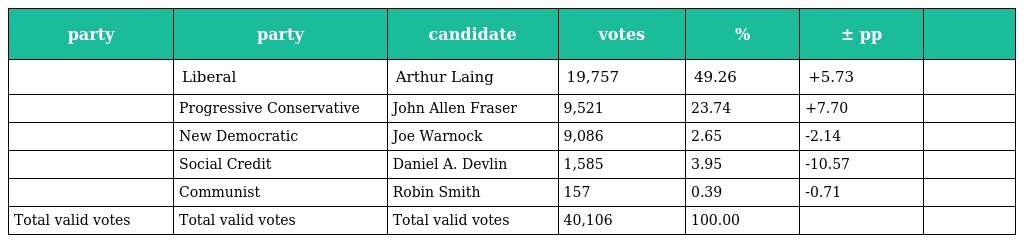
| party | party | candidate | votes | % | ± pp |  |
 | --- | --- | --- | --- | --- | --- | --- |
 |  | Liberal | Arthur Laing | 19,757 | 49.26 | +5.73 |  |
 |  | Progressive Conservative | John Allen Fraser | 9,521 | 23.74 | +7.70 |  |
 |  | New Democratic | Joe Warnock | 9,086 | 2.65 | -2.14 |  |
 |  | Social Credit | Daniel A. Devlin | 1,585 | 3.95 | -10.57 |  |
 |  | Communist | Robin Smith | 157 | 0.39 | -0.71 |  |
 | Total valid votes | Total valid votes | Total valid votes | 40,106 | 100.00 |  |  |